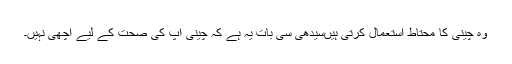
وہ چینی کا محتاط استعمال کرتی ہیںسیدھی سی بات یہ ہے کہ چینی آپ کی صحت کے لیے اچھی نہیں۔